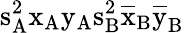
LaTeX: \mathrm{s_{A}^{2}\mathrm{x_{A}\mathrm{y_{A}\mathrm{s_{B}^{2}\mathrm{\overline{{x}}_{B}\mathrm{\overline{{y}}_{B}}}}}}}